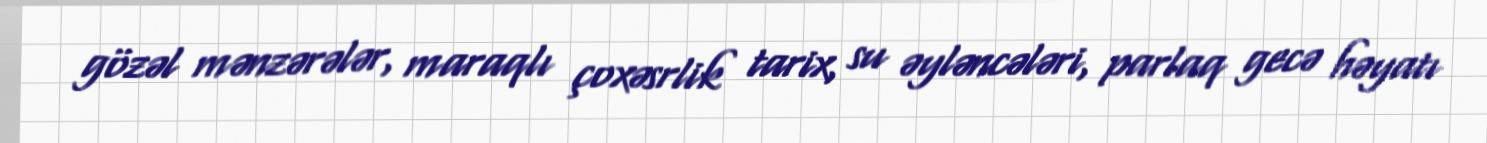
gözəl mənzərələr, maraqlı çoxəsrlik tarix, su əyləncələri, parlaq gecə həyatı